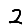
Digit: 2